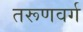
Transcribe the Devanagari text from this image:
तरूणवर्ग